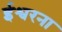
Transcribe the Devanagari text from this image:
ईश्वरना